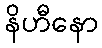
နိဟီနော